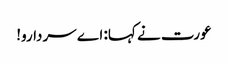
عورت نے کہا: اے سردارو!